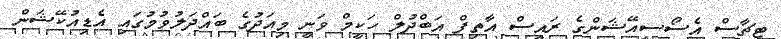
ޓީޗާސް އެސޯސިއޭޝަންގެ ރައީސް އާތިފް އަބްދުލް ހަކީމް ވަނީ މިއަދުގެ ބައްދަލުވުމުގައި އެޑިއުކޭޝަން